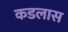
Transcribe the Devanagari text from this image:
कडलास